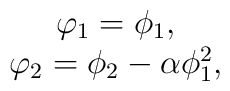
\matrix{\varphi_1=\phi_1,\cr\varphi_2=\phi_2-\alpha \phi_1^2,}